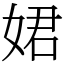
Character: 𡝗